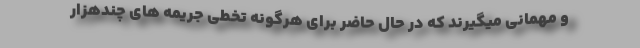
و مهمانی میگیرند که در حال حاضر برای هرگونه تخطی جریمه های چندهزار